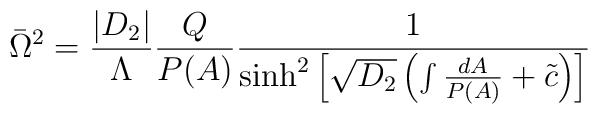
\bar{\Omega}^2=\frac{|D_2|}{\Lambda}\frac{Q}{P(A)}\frac{1}{\sinh^2 \left[ \sqrt{D_2} \left( \int \frac{dA}{P(A)}+\tilde{c} \right) \right]}